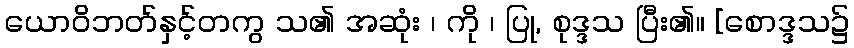
ယောဝိဘတ်နှင့်တကွ သ၏ အဆုံး ၊ ကို ၊ ပြု, စုဒ္ဒသ ပြီး၏။ [စောဒ္ဒသ၌